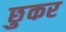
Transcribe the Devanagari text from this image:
छुकर